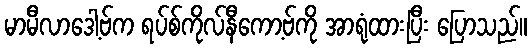
မာမီလာဒေါ့ဗ်က ရပ်စ်ကိုလ်နီကော့ဗ်ကို အာရုံထားပြီး ပြောသည်။